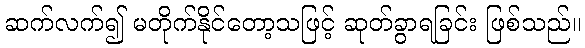
ဆက်လက်၍ မတိုက်နိုင်တော့သဖြင့် ဆုတ်ခွာရခြင်း ဖြစ်သည်။